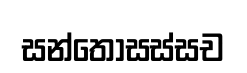
සන්තොසස්සච